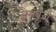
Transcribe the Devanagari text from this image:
जैमबूज़ी